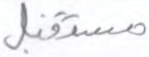
مستقبل